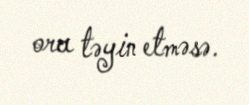
ora təyin etməsə.